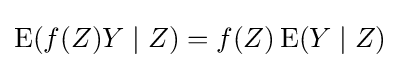
\operatorname {E} (f(Z)Y\mid Z)=f(Z)\operatorname {E} (Y\mid Z)